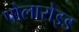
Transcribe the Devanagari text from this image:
पोलारोइड